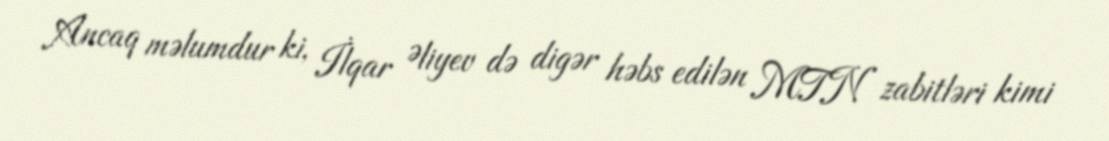
Ancaq məlumdur ki, İlqar Əliyev də digər həbs edilən MTN zabitləri kimi